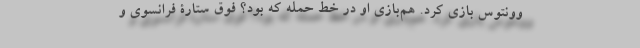
وونتوس بازی کرد. هم‌بازی او در خط حمله که بود؟ فوق ستارۀ فرانسوی و